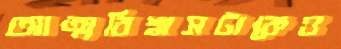
আত্মবিশ্বাসটাকেও